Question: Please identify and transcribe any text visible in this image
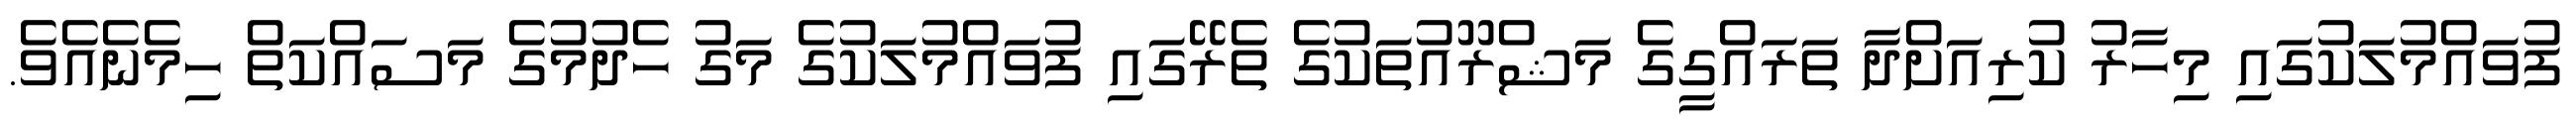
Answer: ފުވައްމުލަކުގައި މިހާރު ކުރިއަށްދާ ތަރައްގީގެ މަޝްރޫއުތަކުގެ ތެރޭގައި ފުވައްމުލަކުގެ މަގު ހެދުމުގެ މަސައްކަތް ހިމެނެއެވެ.